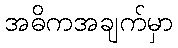
အဓိကအချက်မှာ